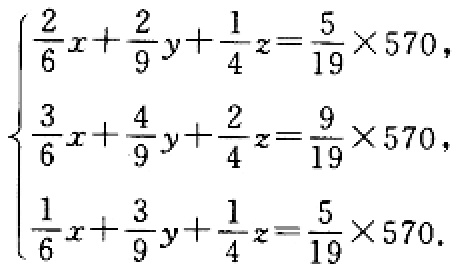
\[\begin{cases}
\frac{2}{6}x + \frac{2}{9}y+\frac{1}{4}z=\frac{5}{19}\times570,\\
\frac{3}{6}x+\frac{4}{9}y+\frac{2}{4}z=\frac{9}{19}\times570,\\
\frac{1}{6}x+\frac{3}{9}y+\frac{1}{4}z=\frac{5}{19}\times570.
\end{cases}\]